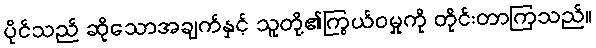
ပိုင်သည် ဆိုသောအချက်နှင့် သူတို့၏ကြွယ်ဝမှုကို တိုင်းတာကြသည်။